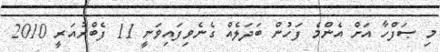
މި ޞަފްހާ އަށް އެންމެ ފަހުން ބަދަލެއް ގެނެވިފައިވަނީ 11 ފެބްރުއަރީ 2010